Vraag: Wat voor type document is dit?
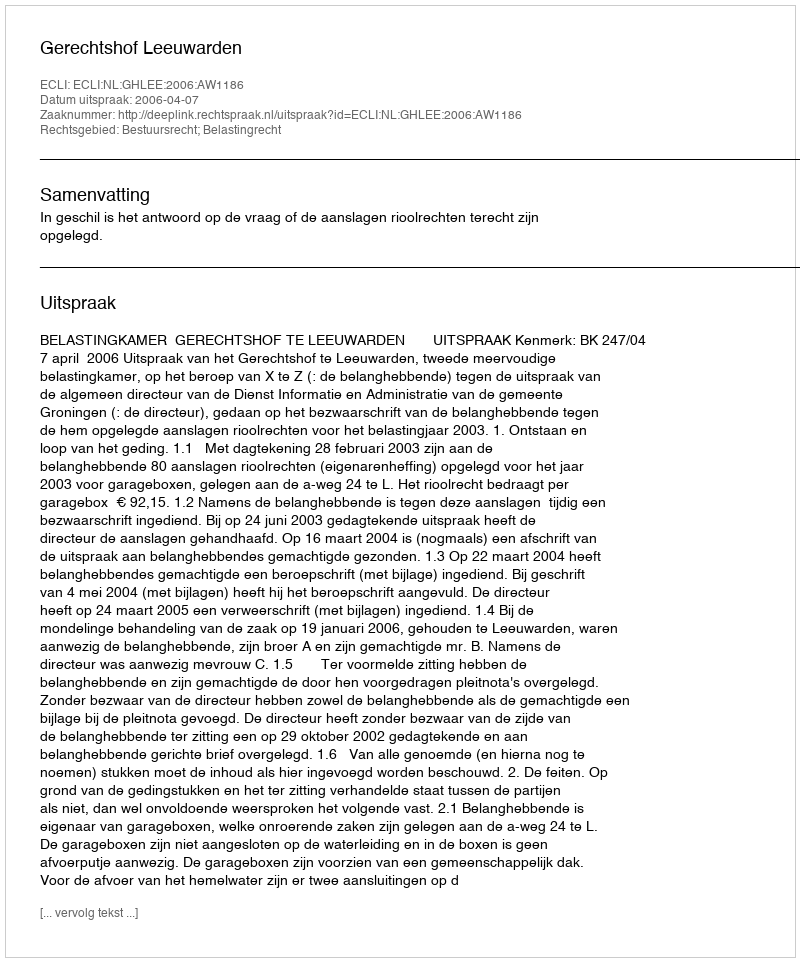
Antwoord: Uitspraak